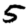
Digit: 5